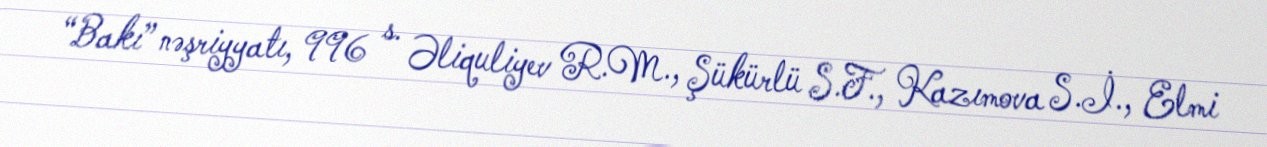
“Bakı” nəşriyyatı, 996 s. Əliquliyev R.M., Şükürlü S.F., Kazımova S.İ., Elmi